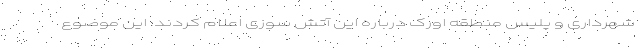
شهرداری و پلیس منطقه اورک درباره این آتش سوزی اعلام کردند: این موضوع